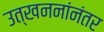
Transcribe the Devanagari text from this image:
उत्खननांनंतर